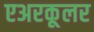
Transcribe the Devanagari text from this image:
एअरकूलर